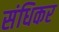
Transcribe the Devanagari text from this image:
संधिकर